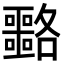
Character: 𡅡